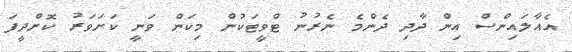
އެއާލައިންސް އިން ދާދި ދެންމެ ނެރުނު ޓްވީޓަކުން މިކަން ވަނީ ކަށަވަރު ކޮށްދީފަ